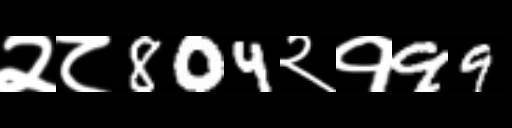
Text: २८804२१99